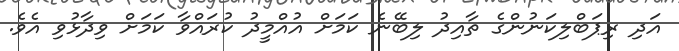
އަދި ރިޕަބްލިކަނުންގެ ތާއިދު ލިބޭނެ ކަމަށް އުއްމީދު ކުރައްވާ ކަމަށް ވިދާޅުވި އެވެ.